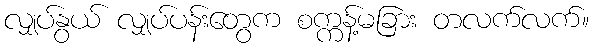
လျှပ်နွယ် လျှပ်ပန်းတွေက စက္ကန့်မခြား တလက်လက်။